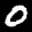
Label: 0